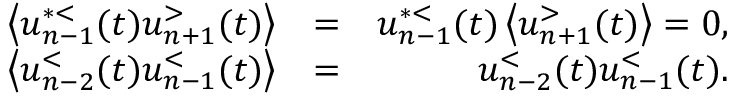
\begin{array} { r l r } { \left\langle u _ { n - 1 } ^ { * < } ( t ) u _ { n + 1 } ^ { > } ( t ) \right\rangle } & { = } & { u _ { n - 1 } ^ { * < } ( t ) \left\langle u _ { n + 1 } ^ { > } ( t ) \right\rangle = 0 , } \\ { \left\langle u _ { n - 2 } ^ { < } ( t ) u _ { n - 1 } ^ { < } ( t ) \right\rangle } & { = } & { u _ { n - 2 } ^ { < } ( t ) u _ { n - 1 } ^ { < } ( t ) . } \end{array}